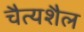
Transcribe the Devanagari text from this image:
चैत्यशैल